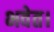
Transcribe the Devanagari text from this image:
भवेत।